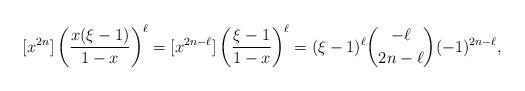
LaTeX: \begin{align*}[x^{2n}]\left(\frac{x(\xi-1)}{1-x}\right)^{\ell}=[x^{2n-\ell}]\left(\frac{\xi-1}{1-x}\right)^{\ell}=(\xi-1)^{\ell}\binom{-\ell}{2n-\ell}(-1)^{2n-\ell},\end{align*}